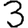
Digit: 3